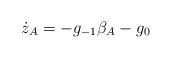
LaTeX: \begin{align*}\dot z_A = -g_{-1}\beta_A - g_0\end{align*}